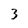
Character: 3